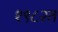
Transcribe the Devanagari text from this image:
१९८२त